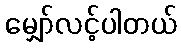
မျှော်လင့်ပါတယ်